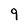
Character: 9